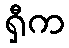
ရှီက